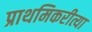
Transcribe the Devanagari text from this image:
प्राथमिकरीत्या